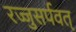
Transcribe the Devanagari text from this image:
रज्जुसर्पवत्